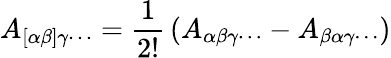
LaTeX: A_{[\alpha\beta]\gamma\cdots}={\frac{1}{2!}}\left(A_{\alpha\beta\gamma\cdots}-A_{\beta\alpha\gamma\cdots}\right)